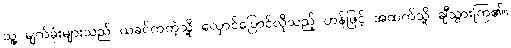
သူ့ မျက်ခုံးများသည် ယခင်ကကဲ့သို့ လှောင်ပြောင်လိုသည့် ဟန်ဖြင့် အထက်သို့ ချီသွားကြ၏။